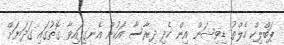
ޕަބްލިކް ހެލްތު ޑިވިޝަން އިން ހެދި ދިރާސާ އަކުން އެނގިފައިވާ ގޮތުގައި ގަދަޔަށް